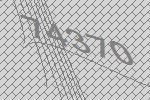
74370